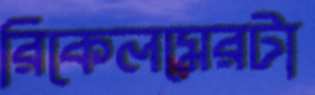
রিকেলমেরটা